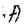
Character: A